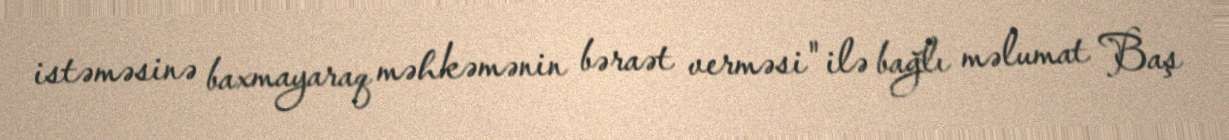
istəməsinə baxmayaraq məhkəmənin bəraət verməsi" ilə bağlı məlumat Baş